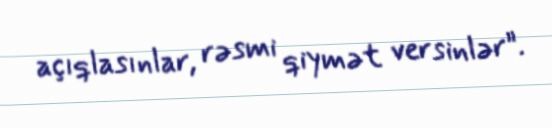
açıqlasınlar, rəsmi qiymət versinlər”.